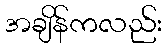
အချိန်ကလည်း